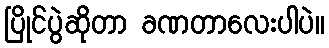
ပြိုင်ပွဲဆိုတာ ခဏတာလေးပါပဲ။